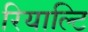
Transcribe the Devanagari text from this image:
रियाल्टि